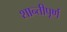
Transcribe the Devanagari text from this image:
शान्तीपूर्ण